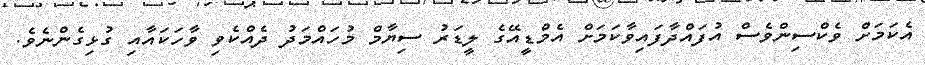
އެކަމަށް ވެކްސިންވެސް އުފައްދާފައިވާކަމަށް އެމްޑީއޭގެ ލީޑަރު ސިޔާމް މުހައްމަދު ދެއްކެވި ވާހަކައާއި ގުޅިގެންނެވެ.